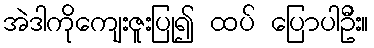
အဲဒါကိုကျေးဇူးပြု၍ ထပ် ပြောပါဦး။